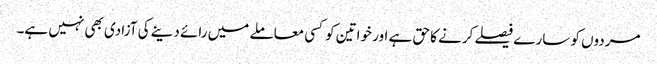
مردوں کو سارے فیصلے کرنے کا حق ہے اور خواتین کوکسی معاملے میں رائے دینے کی آزادی بھی نہیں ہے۔